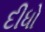
દીધો